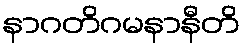
နာဂတိဂမနာနီတိ